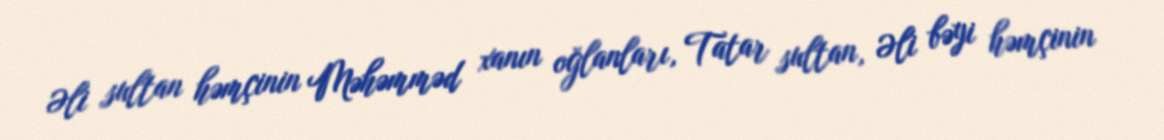
Əli sultan həmçinin Məhəmməd xanın oğlanları, Tatar sultan, Əli bəyi həmçinin